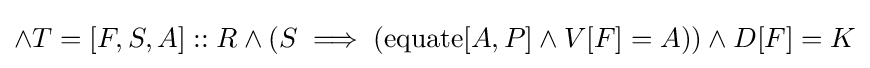
\land T=[F,S,A]::R\land (S\implies (\operatorname {equate} [A,P]\land V[F]=A))\land D[F]=K